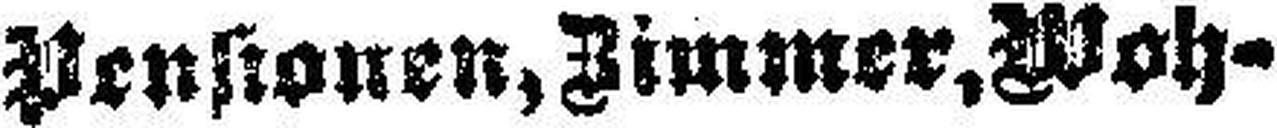
Pensionen, Zimmer. Woh¬